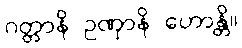
ဂတ္တာနိ ဥဏှာနိ ဟောန္တိ။